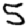
Digit: 5